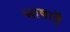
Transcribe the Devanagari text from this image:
भाषाहै